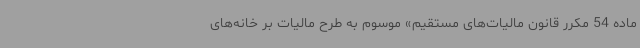
ماده 54 مکرر قانون مالیات‌های مستقیم» موسوم به طرح مالیات بر خانه‌های